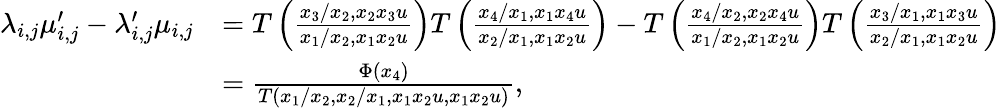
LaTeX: \begin{array}{rl}{\lambda_{i,j}\mu_{i,j}^{\prime}-\lambda_{i,j}^{\prime}\mu_{i,j}}&{=T\left(\frac{x_{3}/x_{2},x_{2}x_{3}u}{x_{1}/x_{2},x_{1}x_{2}u}\right)T\left(\frac{x_{4}/x_{1},x_{1}x_{4}u}{x_{2}/x_{1},x_{1}x_{2}u}\right)-T\left(\frac{x_{4}/x_{2},x_{2}x_{4}u}{x_{1}/x_{2},x_{1}x_{2}u}\right)T\left(\frac{x_{3}/x_{1},x_{1}x_{3}u}{x_{2}/x_{1},x_{1}x_{2}u}\right)}\\ &{=\frac{\Phi(x_{4})}{T\left(x_{1}/x_{2},x_{2}/x_{1},x_{1}x_{2}u,x_{1}x_{2}u\right)},}\end{array}